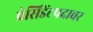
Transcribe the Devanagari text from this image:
प्रेसिडेंटपदावर